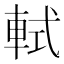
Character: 軾